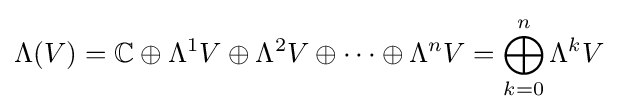
\Lambda (V)=\mathbb {C} \oplus \Lambda ^{1}V\oplus \Lambda ^{2}V\oplus \cdots \oplus \Lambda ^{n}V=\bigoplus _{k=0}^{n}\Lambda ^{k}V